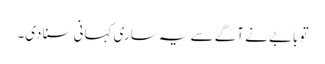
تو بابے نے آگے سے یہ ساری کہانی سنا دی۔